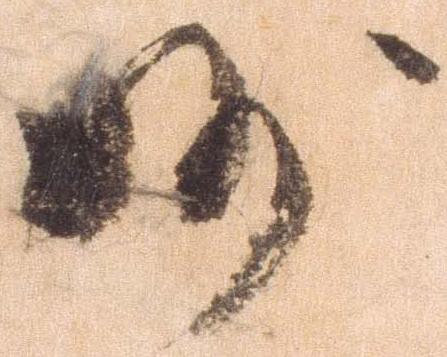
妙